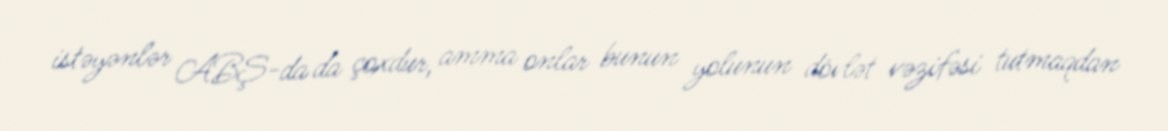
istəyənlər ABŞ-da da çoxdur, amma onlar bunun yolunun dövlət vəzifəsi tutmaqdan